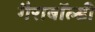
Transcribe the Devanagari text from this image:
गैराबॉल्डी